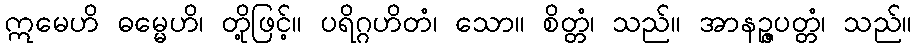
ဣမေဟိ ဓမ္မေဟိ၊ တို့ဖြင့်။ ပရိဂ္ဂဟိတံ၊ သော။ စိတ္တံ၊ သည်။ အာနဉ္ဇပတ္တံ၊ သည်။